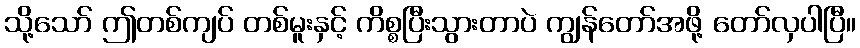
သို့သော် ဤတစ်ကျပ် တစ်မူးနှင့် ကိစ္စပြီးသွားတာပဲ ကျွန်တော်အဖို့ တော်လှပါပြီ။